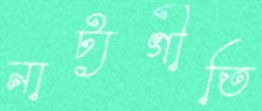
নাট্যগীতি